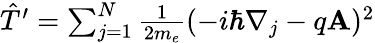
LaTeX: \begin{array}{r}{\hat{T}^{\prime}=\sum_{j=1}^{N}{\frac{1}{2m_{e}}}(-i\hbar\nabla_{j}-q{\mathbf A})^{2}}\end{array}